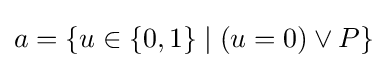
a=\{u\in \{0,1\}\mid (u=0)\lor P\}